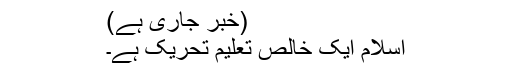
(خبر جاری ہے)
اسلام ایک خالص تعلیم تحریک ہے۔